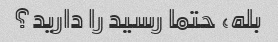
بله، حتما رسید را دارید؟